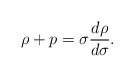
\begin{align*} \rho+p=\sigma \frac{d\rho}{d\sigma}.\end{align*}